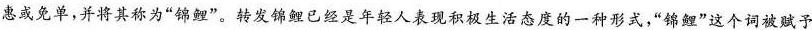
惠或免单，并将其称为”锦鲤”。转发锦鲤已经是年轻人表现积极生活态度的一种形式，”锦鲤”这个词被赋予